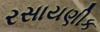
રસાયણીક